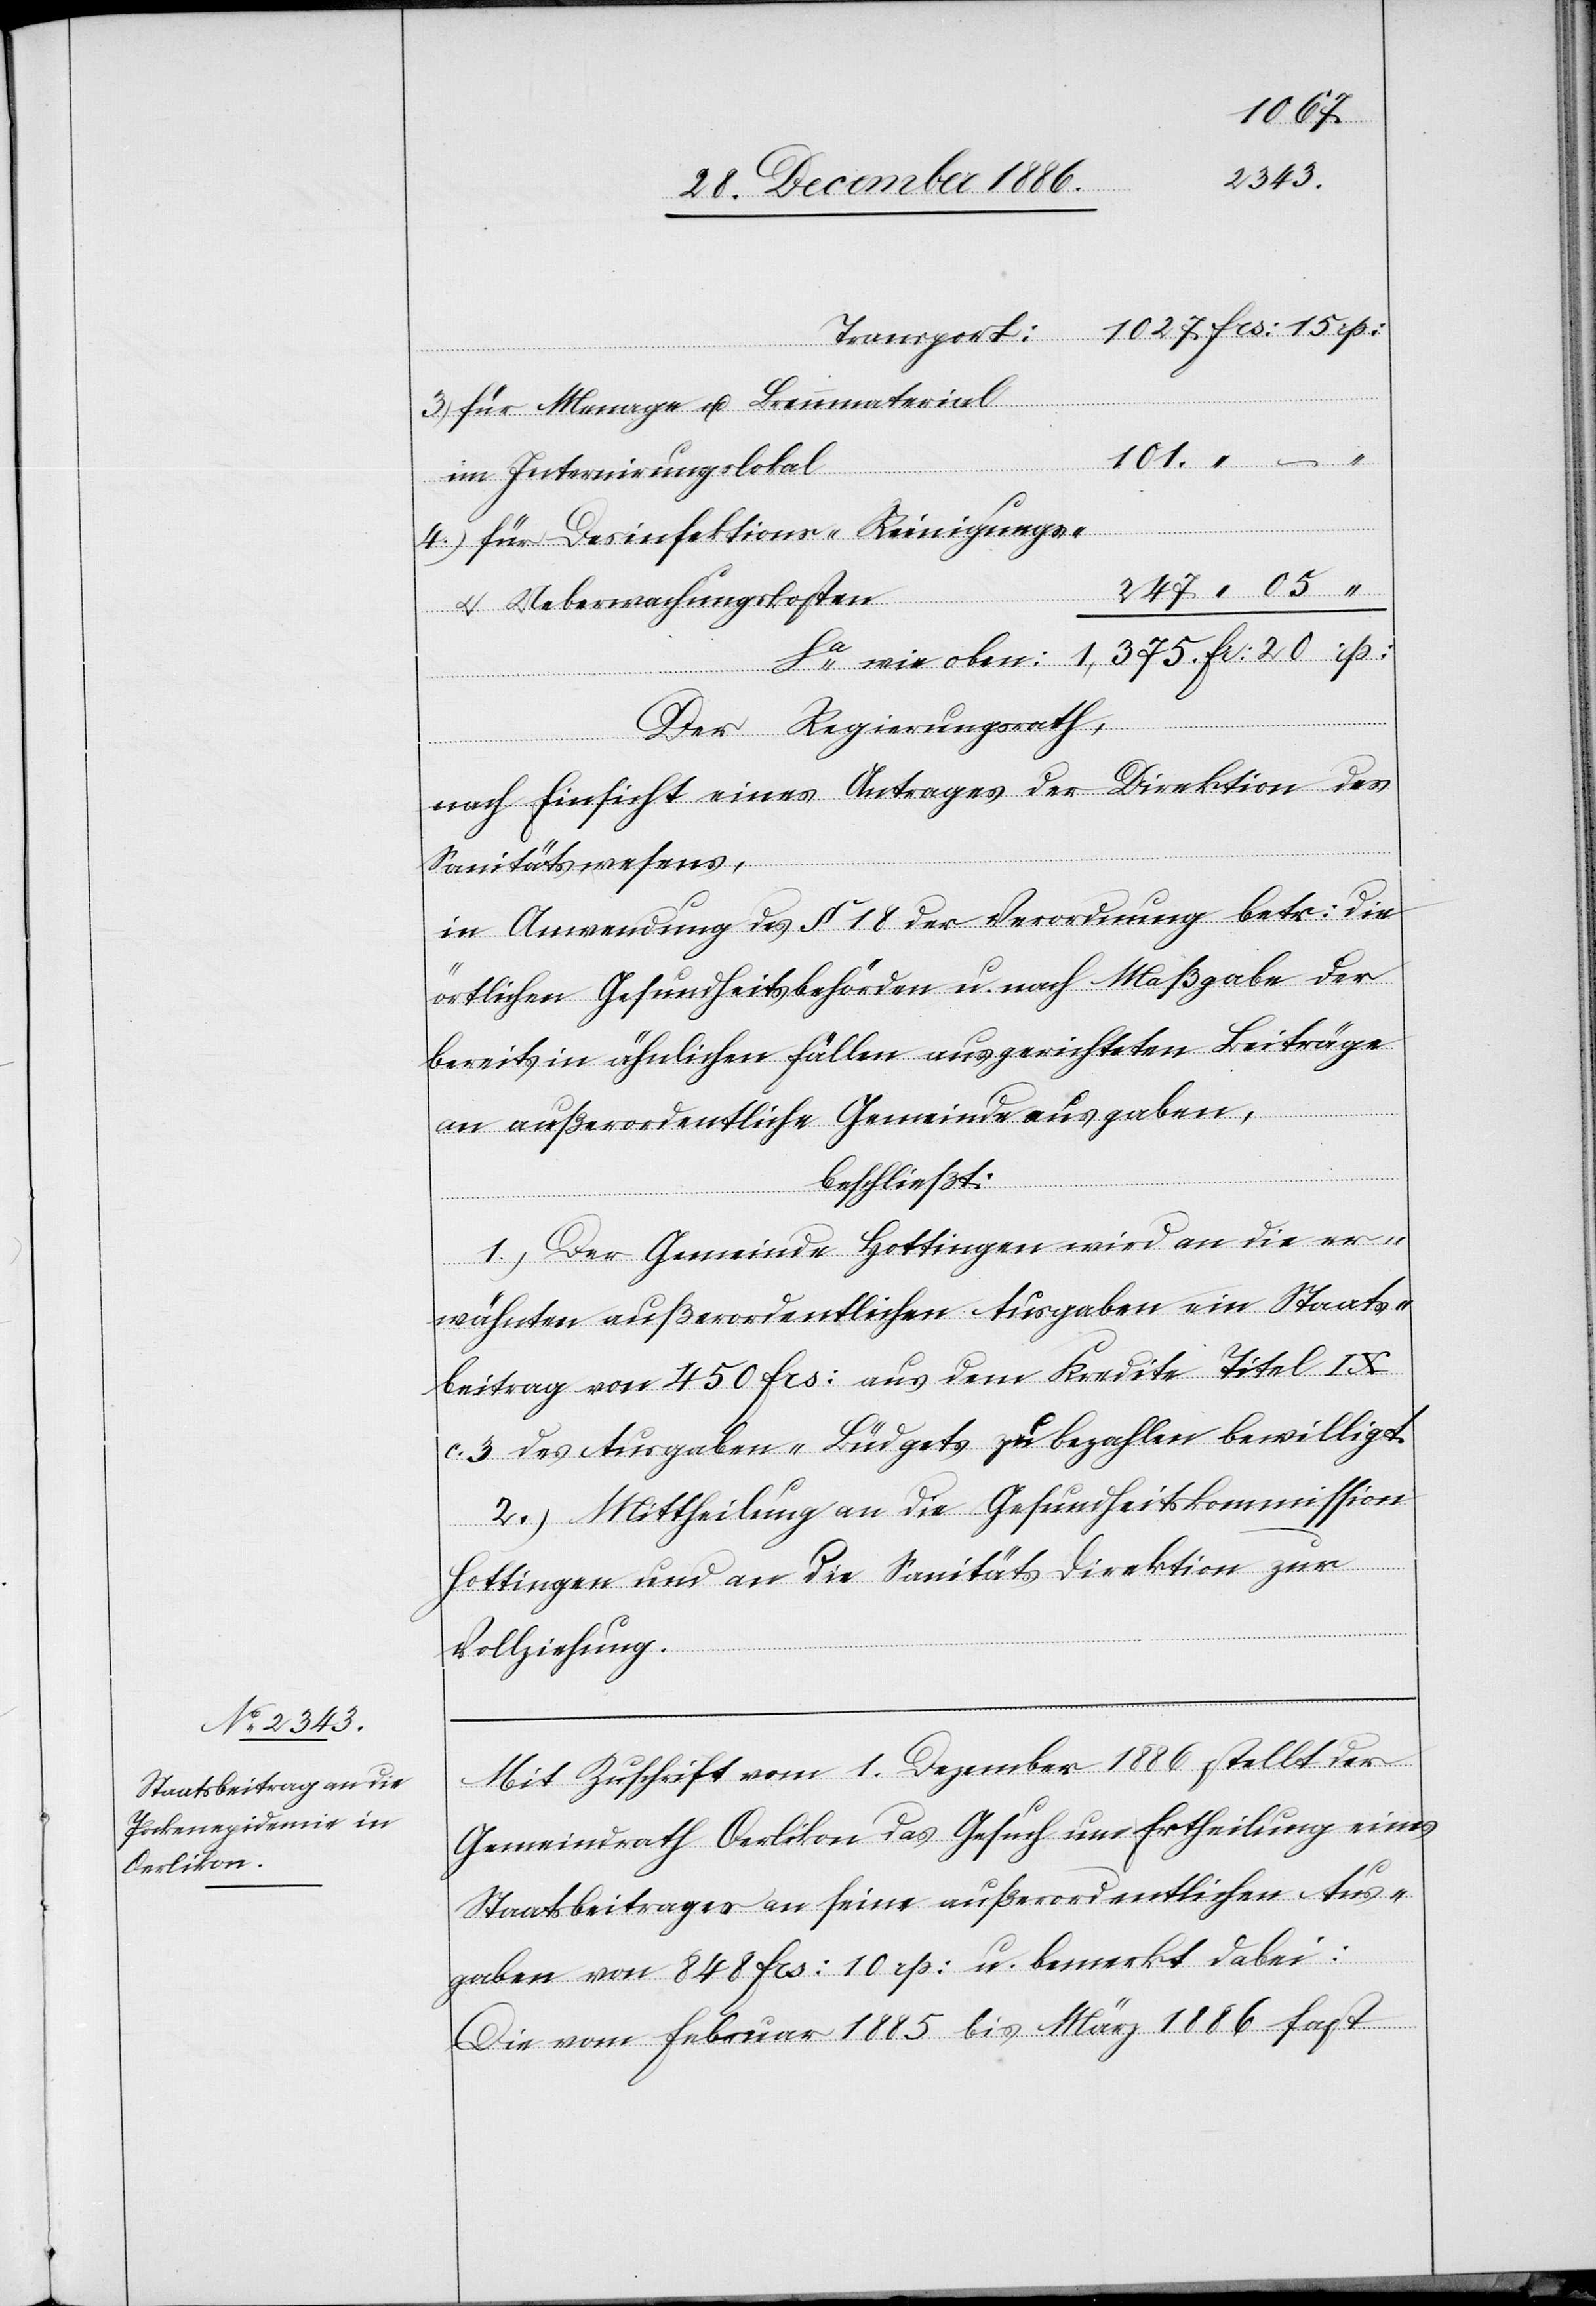
1027 Frs: 15 rp:
rp:
Transport:
für Menage u. Brennmaterial
101 “ – “
im Internirungslokal
Sa wie oben:
für Desinfektions- Reinigungs-
247 “ 05 “
& Ueberwachungskosten
Der Regierungsrath,
nach Einsicht eines Antrages der Direktion des
Sanitätswesens,
in Anwendung des § 18 der Verordnung betr: die
örtlichen Gesundheitsbehörden u. nach Maßgabe der
bereits in ähnlichen Fällen ausgerichteten Beiträge
an außerordentliche Gemeindeausgaben,
beschließt:
1.) Der Gemeinde Hottingen wird an die er¬
wähnten außerordentlichen Ausgaben ein Staats¬
beitrag von 450 Frs: aus dem Kredite Titel IX.
c. 3 des Ausgaben-Büdgets zu bezahlen bewilligt.
2.) Mittheilung an die Gesundheitskommission
Hottingen und an die Sanitätsdirektion zur
Vollziehung.
Mit Zuschrift vom 1. Dezember 1886 stellt der
Gemeindrath Oerlikon das Gesuch um Ertheilung eines
Staatsbeitrages an seine außerordentlichen Aus¬
gaben von 848 Frs: 10 rp: u. bemerkt dabei:
Die vom Februar 1885 bis März 1886 fast